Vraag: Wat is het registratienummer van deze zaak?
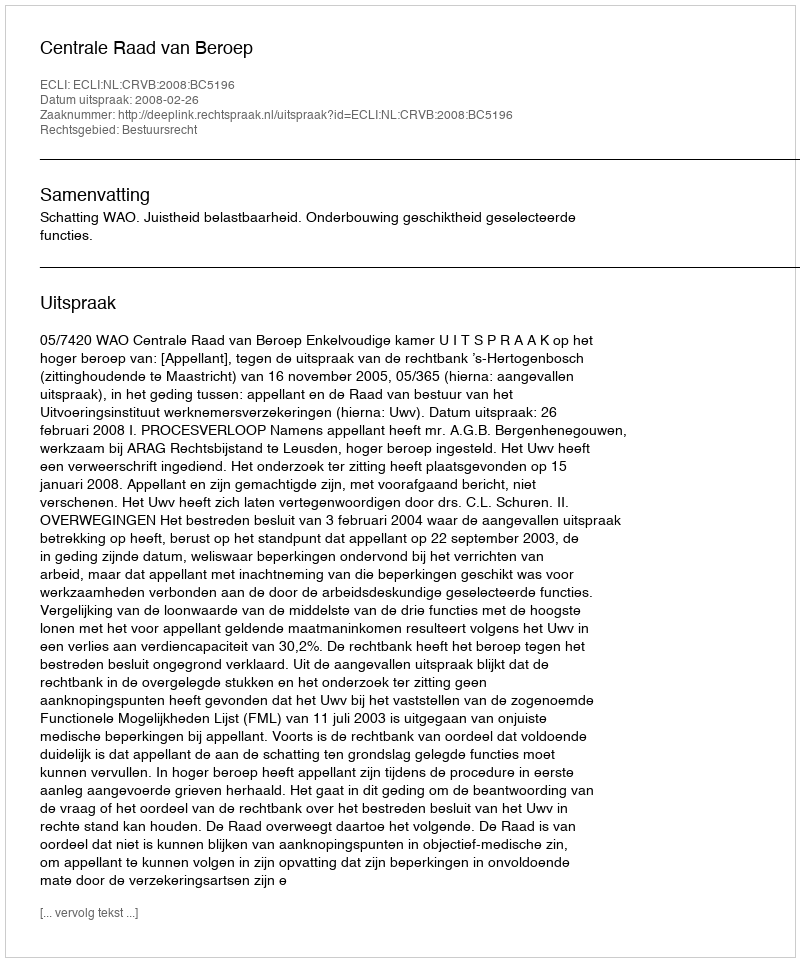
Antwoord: http://deeplink.rechtspraak.nl/uitspraak?id=ECLI:NL:CRVB:2008:BC5196